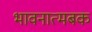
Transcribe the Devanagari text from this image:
भावनात्मबक